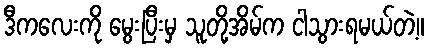
ဒီကလေးကို မွေးပြီးမှ သူတို့အိမ်က ငါသွားရမယ်တဲ့။